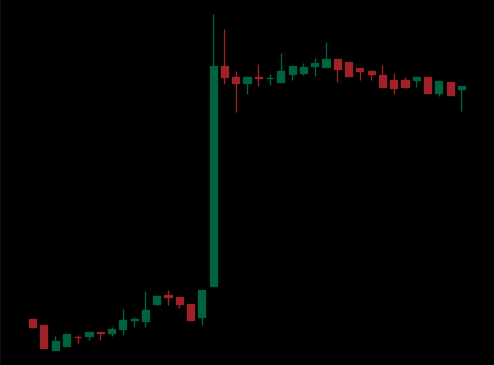
Pattern: bear_flag